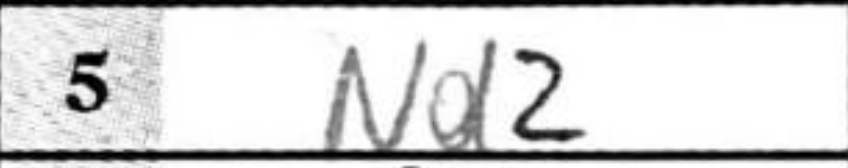
Transcription: Nd2